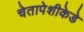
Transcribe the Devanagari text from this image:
चेतापेशीकेडे